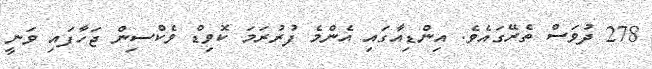
278 ދުވަސް ތެރޭގައެވެ. އިންޑިއާގައި އެންމެ ފުރުރަމަ ކޮވިޑް ވެކްސިން ޖަހާފައި ވަނީ